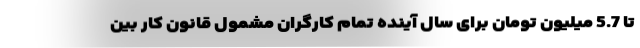
تا 5.7 میلیون تومان برای سال آینده تمام کارگران مشمول قانون کار بین